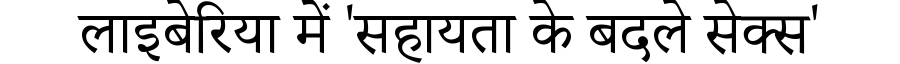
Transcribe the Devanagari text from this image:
लाइबेरिया में 'सहायता के बदले सेक्स'